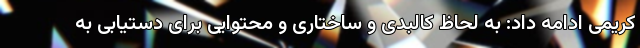
کریمی ادامه داد: به لحاظ کالبدی و ساختاری و محتوایی برای دستیابی به